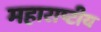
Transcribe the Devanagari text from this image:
महाराष्टीय